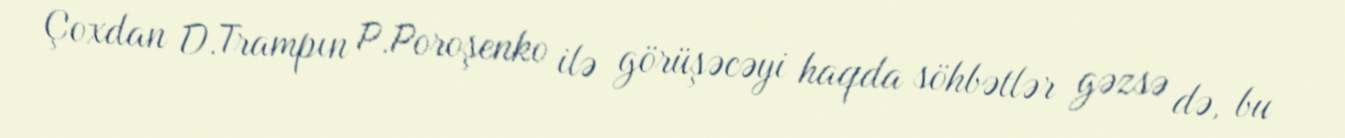
Çoxdan D.Trampın P.Poroşenko ilə görüşəcəyi haqda söhbətlər gəzsə də, bu